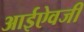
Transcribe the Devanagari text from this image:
आईऐवजी